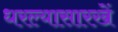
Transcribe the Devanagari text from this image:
धरल्यासारखें